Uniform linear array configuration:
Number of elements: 64
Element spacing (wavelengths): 0.75
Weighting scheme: blackman
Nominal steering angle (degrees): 0
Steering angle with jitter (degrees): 1.124
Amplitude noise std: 0.05
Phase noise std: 0.05

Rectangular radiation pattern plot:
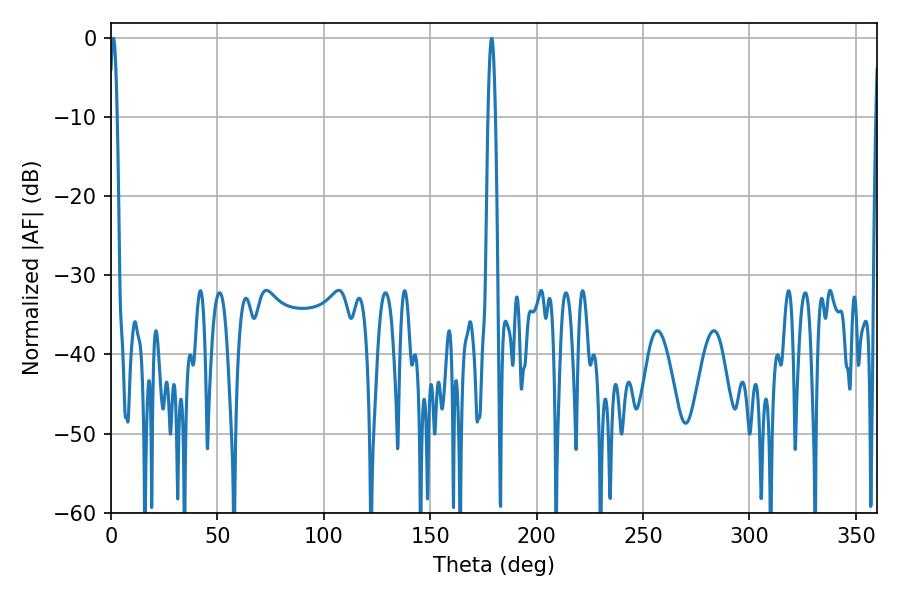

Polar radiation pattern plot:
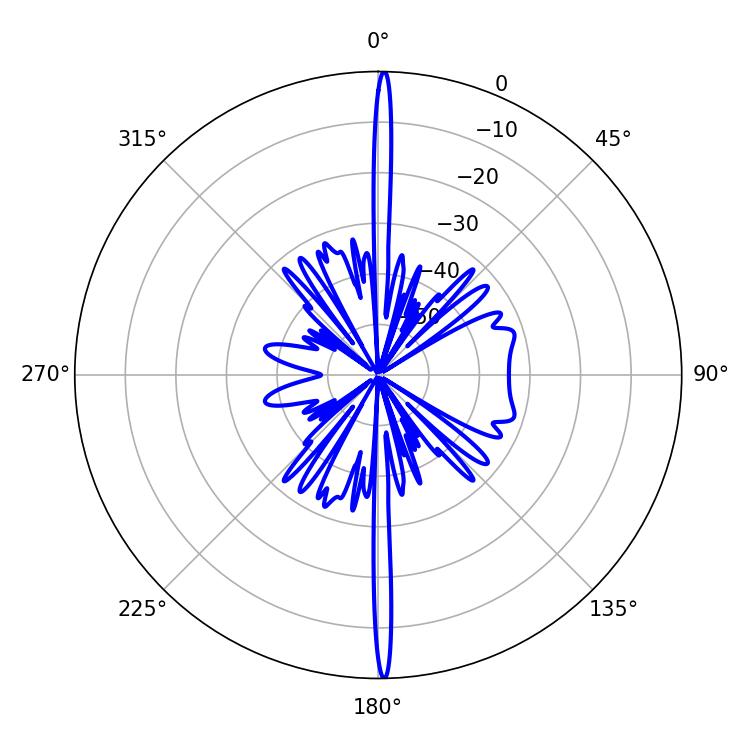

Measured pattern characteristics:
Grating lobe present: TRUE
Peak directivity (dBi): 30.441
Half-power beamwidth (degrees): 1.8
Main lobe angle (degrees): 1.08